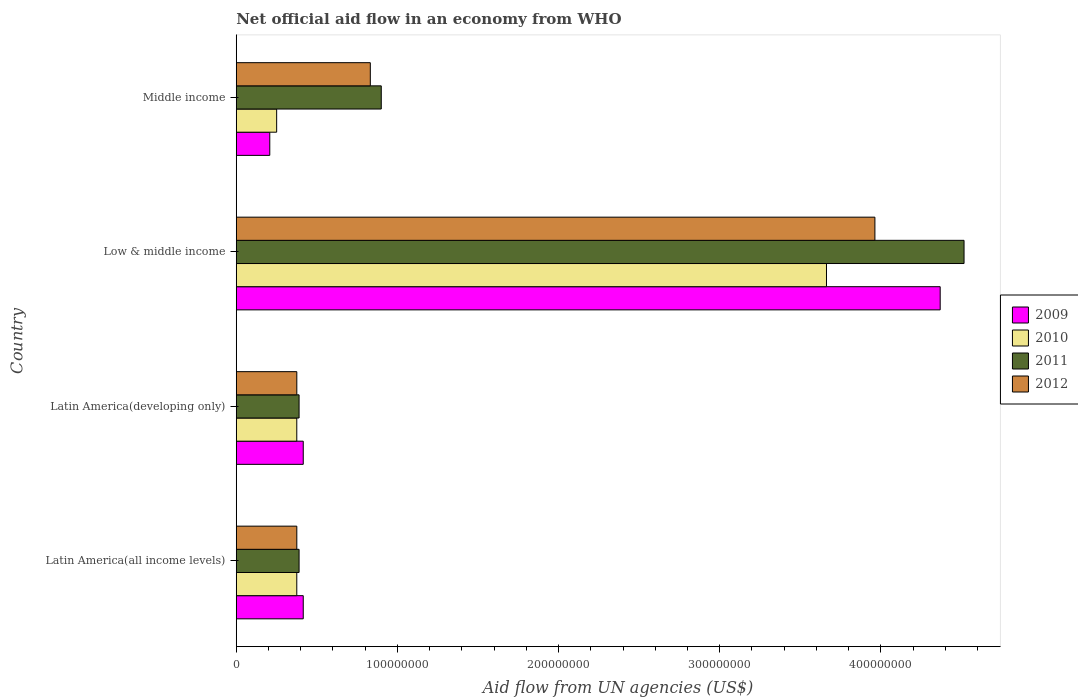
| Country | 2009 | 2010 | 2011 | 2012 |
 | --- | --- | --- | --- | --- |
 | Latin America(all income levels) | 4.16e+07 | 3.76e+07 | 3.9e+07 | 3.76e+07 |
 | Latin America(developing only) | 4.16e+07 | 3.76e+07 | 3.9e+07 | 3.76e+07 |
 | Low & middle income | 4.37e+08 | 3.66e+08 | 4.52e+08 | 3.96e+08 |
 | Middle income | 2.08e+07 | 2.51e+07 | 9e+07 | 8.32e+07 |